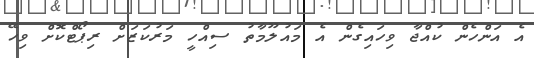
އެ އަންހެން ކުއްޖާ ވިހައިގެން އެ މައުލޫމާތު ސިއްހީ މަރުކަޒަށް ރިޕޯޓްކޮށް ވިހޭ